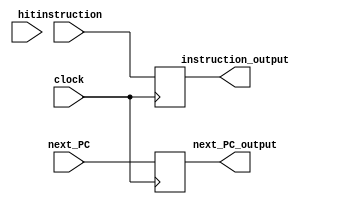
module IF_ID_pipeline_register(
	input[31:0] instruction, input[31:0] next_PC, input hit, input clock, 
	output reg[31:0] instruction_output, output reg[31:0] next_PC_output
	);

	always@(negedge clock)
		begin
			instruction_output = instruction;
			next_PC_output = next_PC;
		end
		
endmodule